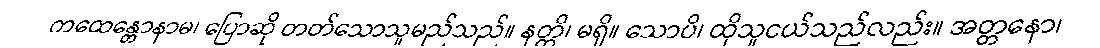
ကထေန္တောနာမ၊ ပြောဆို တတ်သောသူမည်သည်။ နတ္တိ၊ မရှိ။ သောပိ၊ ထိုသူငယ်သည်လည်း။ အတ္တနော၊